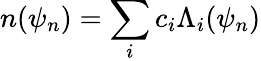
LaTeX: n(\psi_{n})=\sum_{i}c_{i}\Lambda_{i}(\psi_{n})